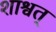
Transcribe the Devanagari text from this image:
शाश्वत्‌